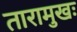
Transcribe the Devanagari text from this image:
तारामुखः